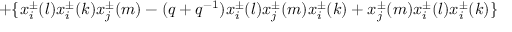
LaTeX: \; + \{ x _ { i } ^ { \pm } ( l ) x _ { i } ^ { \pm } ( k ) x _ { j } ^ { \pm } ( m ) - ( q + q ^ { - 1 } ) x _ { i } ^ { \pm } ( l ) x _ { j } ^ { \pm } ( m ) x _ { i } ^ { \pm } ( k ) + x _ { j } ^ { \pm } ( m ) x _ { i } ^ { \pm } ( l ) x _ { i } ^ { \pm } ( k ) \}